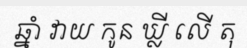
ឆ្នាំ វាយ កូន ឃ្លី លើ តុ